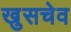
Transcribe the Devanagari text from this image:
खुसचेव